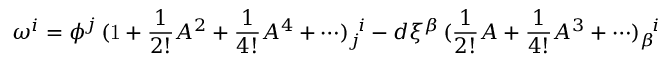
\omega ^ { i } = \phi ^ { j } \, ( \mathrm { 1 } + \frac { 1 } { 2 ! } A ^ { 2 } + \frac { 1 } { 4 ! } A ^ { 4 } + \cdots ) _ { j } ^ { \, \, \, i } - d \xi ^ { \beta } \, ( \frac { 1 } { 2 ! } A + \frac { 1 } { 4 ! } A ^ { 3 } + \cdots ) _ { \beta } ^ { \, \, \, \, i }